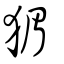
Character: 猸